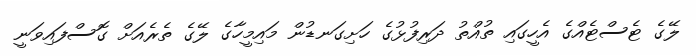
ލޭގެ ޓެސްޓެއްގެ އެހީގައި ތުއްތު ދަރިފުޅުގެ ހަށިގަނޑުން މައިމީހާގެ ލޭގެ ތެރެއަށް ގޮސްފައިވަނީ